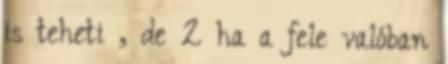
is teheti , de 2 ha a fele valóban